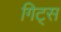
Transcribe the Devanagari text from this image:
गिट्स